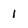
Character: 1